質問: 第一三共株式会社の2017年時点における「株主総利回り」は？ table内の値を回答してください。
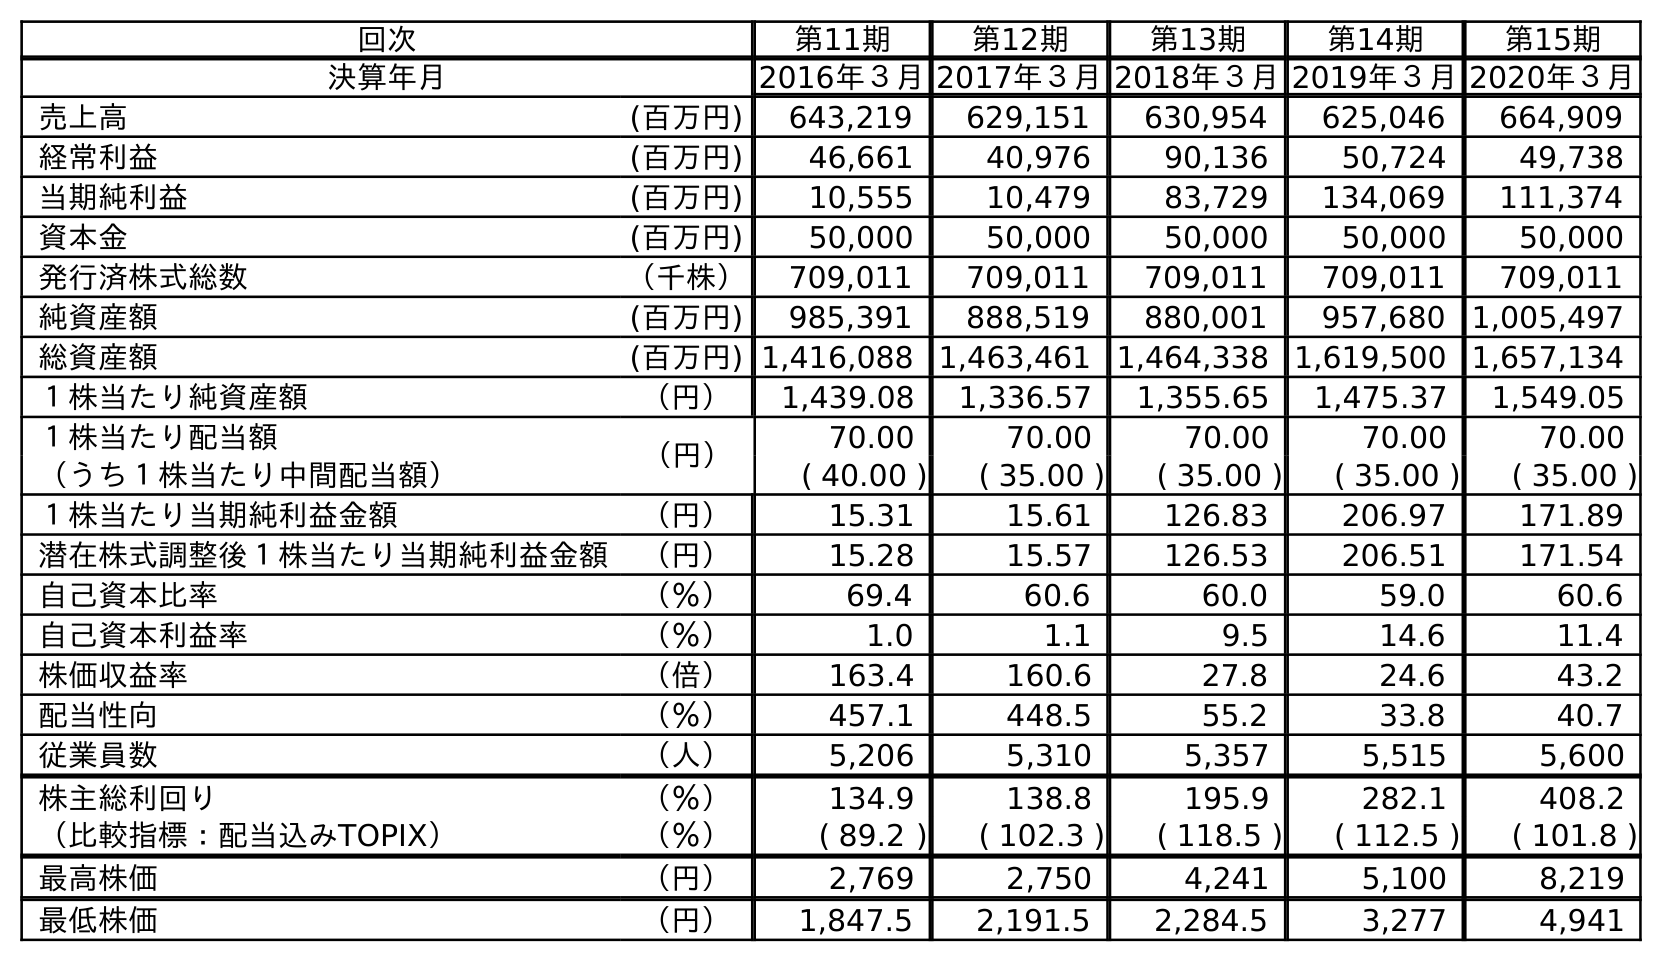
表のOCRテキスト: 回次 第11期 第12期 第13期 第14期 第15期 決算年月 2016年３月2017年３月2018年３月2019年３月2020年３月 売上高 (百万円) 643,219 629,151 630,954 625,046 664,909 経常利益 (百万円) 46,661 40,976 90,136 50,724 49,738 当期純利益 (百万円) 10,555 10,479 83,729 134,069 111,374 資本金 (百万円) 50,000 50,000 50,000 50,000 50,000 発行済株式総数 （千株） 709,011 709,011 709,011 709,011 709,011 純資産額 (百万円) 985,391 888,519 880,001 957,680 1,005,497 総資産額 (百万円) 1,416,088 1,463,461 1,464,338 1,619,500 1,657,134 １株当たり純資産額 （円） 1,439.08 1,336.57 1,355.65 1,475.37 1,549.05 １株当たり配当額 （円） 70.00 70.00 70.00 70.00 70.00 （うち１株当たり中間配当額） ( 40.00 ) ( 35.00 ) ( 35.00 ) ( 35.00 ) ( 35.00 ) １株当たり当期純利益金額 （円） 15.31 15.61 126.83 206.97 171.89 潜在株式調整後１株当たり当期純利益金額 （円） 15.28 15.57 126.53 206.51 171.54 自己資本比率 （％） 69.4 60.6 60.0 59.0 60.6 自己資本利益率 （％） 1.0 1.1 9.5 14.6 11.4 株価収益率 （倍） 163.4 160.6 27.8 24.6 43.2 配当性向 （％） 457.1 448.5 55.2 33.8 40.7 従業員数 （人） 5,206 5,310 5,357 5,515 5,600 株主総利回り （％） 134.9 138.8 195.9 282.1 408.2 （比較指標：配当込みTOPIX） （％） ( 89.2 ) ( 102.3 ) ( 118.5 ) ( 112.5 ) ( 101.8 ) 最高株価 （円） 2,769 2,750 4,241 5,100 8,219 最低株価 （円） 1,847.5 2,191.5 2,284.5 3,277 4,941
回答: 138.8